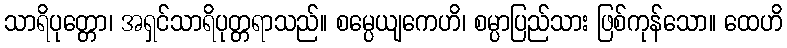
သာရိပုတ္တော၊ အရှင်သာရိပုတ္တရာသည်။ စမ္ပေယျကေဟိ၊ စမ္ပာပြည်သား ဖြစ်ကုန်သော။ ထေဟိ